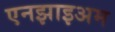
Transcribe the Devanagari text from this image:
एनझाइअम